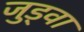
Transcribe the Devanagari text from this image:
जुड़्वा